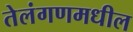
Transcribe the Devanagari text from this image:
तेलंगणमधील